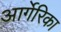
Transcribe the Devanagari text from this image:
आर्गेरिका